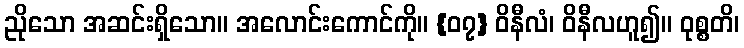
ညိုသော အဆင်းရှိသော။ အလောင်းကောင်ကို။ {၀၇} ဝိနီလံ၊ ဝိနီလဟူ၍။ ဝုစ္စတိ၊